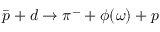
\bar { p } + d \to \pi ^ { - } + \phi ( \omega ) + p